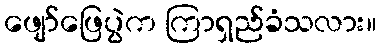
ဖျော်ဖြေပွဲက ကြာရှည်ခံသလား။